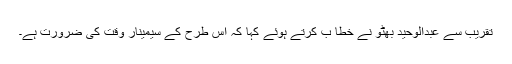
تقریب سے عبدالوحید بھٹو نے خطا ب کرتے ہوئے کہا کہ اس طرح کے سیمینار وقت کی ضرورت ہے۔